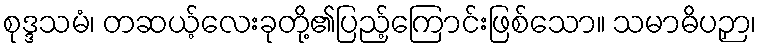
စုဒ္ဒသမံ၊ တဆယ့်လေးခုတို့၏ပြည့်ကြောင်းဖြစ်သော။ သမာဓိပဉှာ၊